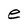
Character: e